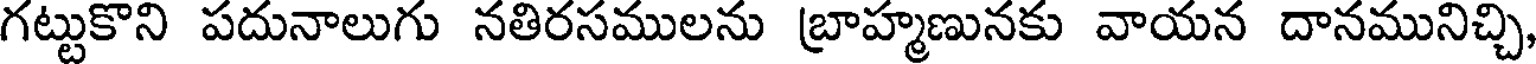
గట్టుకొని పదునాలుగు నతిరసములను బ్రాహ్మణునకు వాయన దానమునిచ్చి,